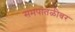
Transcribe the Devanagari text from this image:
समपातळीवर